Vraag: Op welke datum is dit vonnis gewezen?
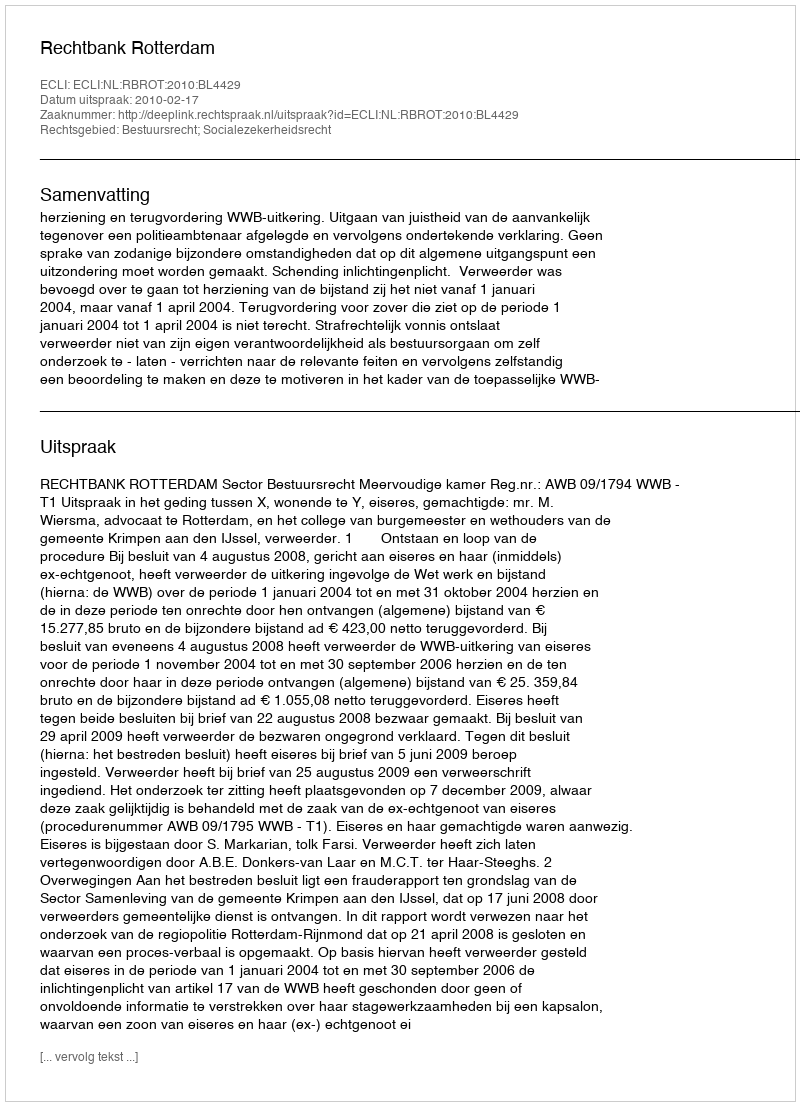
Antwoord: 2010-02-17